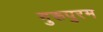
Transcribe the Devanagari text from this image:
गुरूपुरम